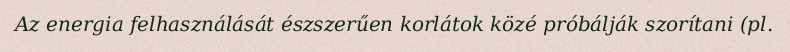
Az energia felhasználását észszerűen korlátok közé próbálják szorítani (pl.